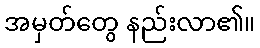
အမှတ်တွေ နည်းလာ၏။